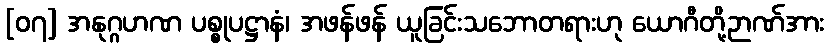
[၀၇] အနုဂ္ဂဟဏ ပစ္စုပဋ္ဌာနံ၊ အဖန်ဖန် ယူခြင်းသဘောတရားဟု ယောဂီတို့ဉာဏ်အား